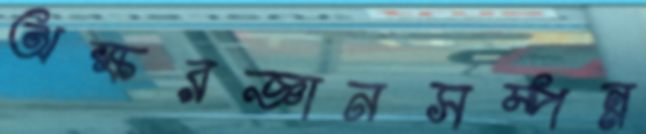
অক্ষরজ্ঞানসম্পন্ন